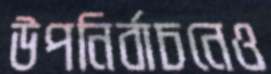
উপনির্বাচনেও